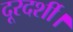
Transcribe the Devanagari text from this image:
दूरदर्शी।